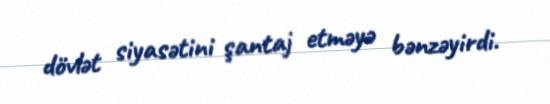
dövlət siyasətini şantaj etməyə bənzəyirdi.